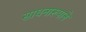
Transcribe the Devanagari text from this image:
साधनारूपाने